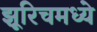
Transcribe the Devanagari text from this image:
झूरिचमध्ये